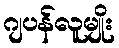
ဂျပန်လူမျိုး